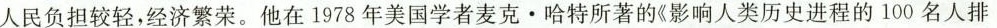
人民负担较轻，经济繁荣。他在1978年美国学者麦克。哈特所著的《影响人类历史进程的100名人排